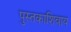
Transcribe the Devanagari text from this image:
पुस्तकाशिवाय